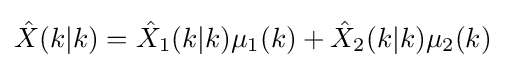
{\hat {X}}(k|k)={\hat {X}}_{1}(k|k)\mu _{1}(k)+{\hat {X}}_{2}(k|k)\mu _{2}(k)